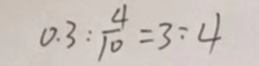
0 . 3 : \frac { 4 } { 1 0 } = 3 : 4